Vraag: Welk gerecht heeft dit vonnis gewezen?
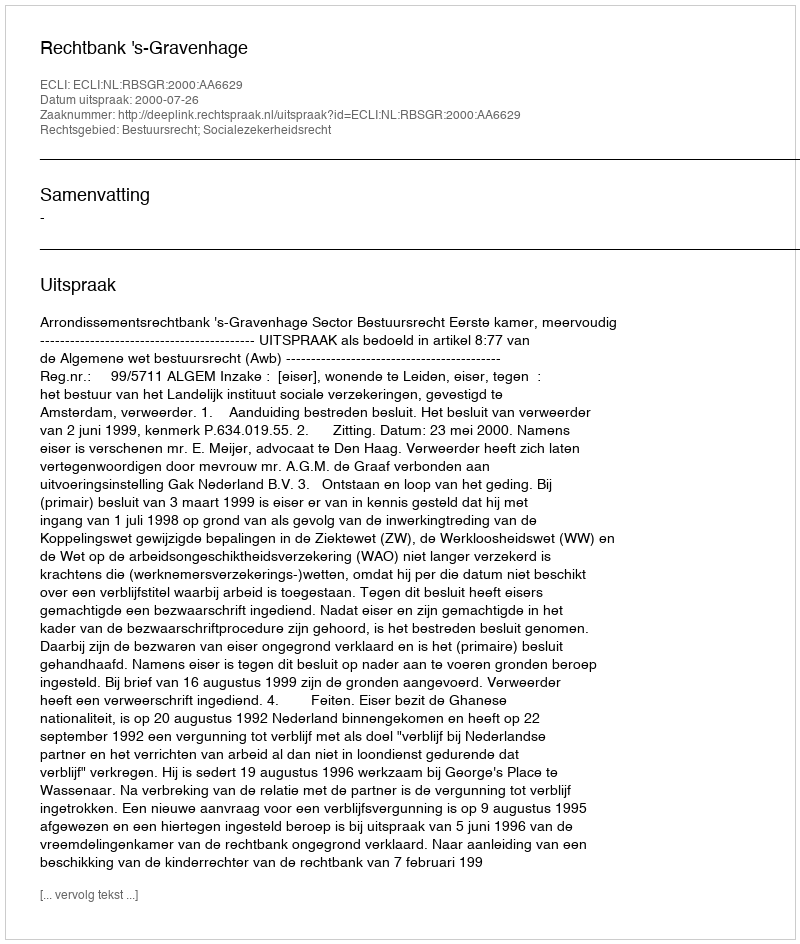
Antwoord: Rechtbank 's-Gravenhage